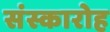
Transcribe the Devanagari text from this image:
संस्कारोह